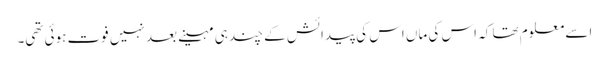
اسے معلوم تھا کہ اس کی ماں اس کی پیدائش کے چند ہی مہینے بعد نہیں فوت ہوئی تھی۔